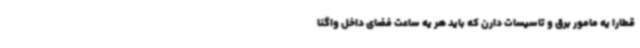
قطارا یه مامور برق و تاسیسات دارن که باید هر یه ساعت فضای داخل واگنا